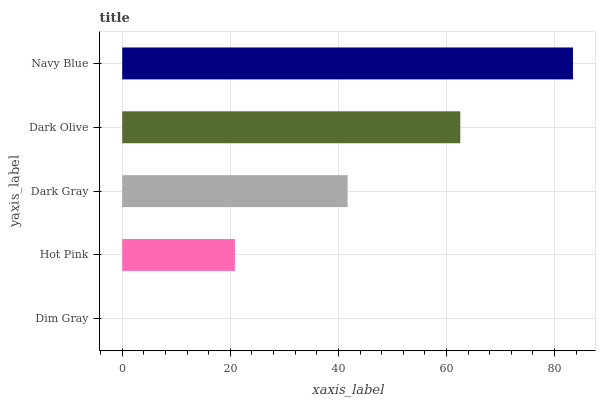
| yaxis_label | bars |
 | --- | --- |
 | Dim Gray | 0 |
 | Hot Pink | 20.9 |
 | Dark Gray | 41.7 |
 | Dark Olive | 62.6 |
 | Navy Blue | 83.4 |